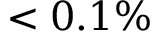
< 0 . 1 \%